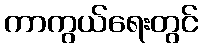
ကာကွယ်ရေးတွင်